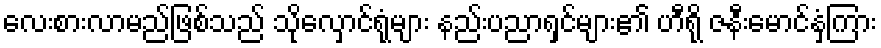
လေးစားလာမည်ဖြစ်သည် သိုလှောင်ရုံများ နည်းပညာရှင်များ၏ ဟီရို ဇနီးမောင်နှံကြား